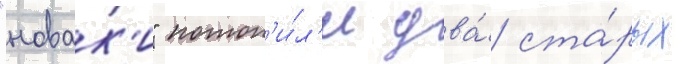
"новак'и" потоп'и́л'и два́ ста́рых